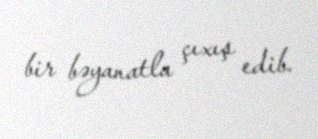
bir bəyanatla çıxış edib.